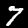
Digit: 7